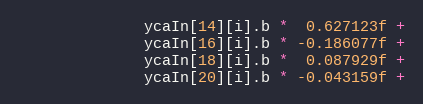
Language: C++
		      ycaIn[14][i].b *  0.627123f +
		      ycaIn[16][i].b * -0.186077f +
		      ycaIn[18][i].b *  0.087929f +
		      ycaIn[20][i].b * -0.043159f +